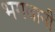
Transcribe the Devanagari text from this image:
भगवानी